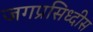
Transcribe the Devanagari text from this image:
जगप्रसिध्दीस